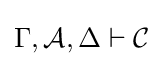
\Gamma ,{\mathcal {A}},\Delta \vdash {\mathcal {C}}